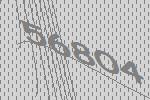
56804